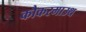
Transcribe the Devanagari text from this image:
कौकरमाउथ